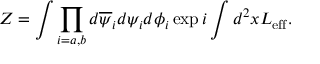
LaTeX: Z = \int \prod _ { i = a , b } d \overline { { { \psi } } } _ { i } d \psi _ { i } d \phi _ { i } \exp i \int d ^ { 2 } x { \cal L _ { \mathrm { e f f } } } .